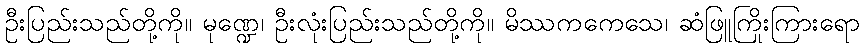
ဦးပြည်းသည်တို့ကို။ မုဏ္ဍေ၊ ဦးလုံးပြည်းသည်တို့ကို။ မိဿကကေသေ၊ ဆံဖြူကြိုးကြားရော